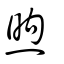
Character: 煦